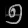
Digit: ၅